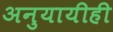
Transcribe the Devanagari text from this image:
अनुयायीही